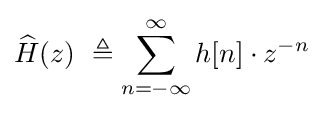
{\widehat {H}}(z)\ \triangleq \sum _{n=-\infty }^{\infty }h[n]\cdot z^{-n}